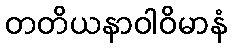
တတိယနာဝါဝိမာနံ